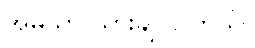
အိမ်သာ သွားချင်ပါတယ်။